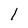
Character: l